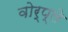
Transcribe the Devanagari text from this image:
वोर्प्ले